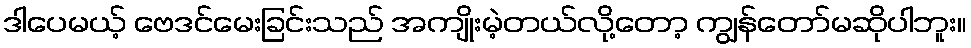
ဒါပေမယ့် ဗေဒင်မေးခြင်းသည် အကျိုးမဲ့တယ်လို့တော့ ကျွန်တော်မဆိုပါဘူး။